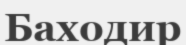
Баходир